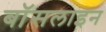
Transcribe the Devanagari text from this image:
बॉसलाइन